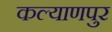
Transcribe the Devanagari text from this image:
कल्‍याणपुर